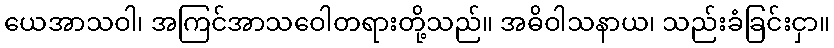
ယေအာသဝါ၊ အကြင်အာသဝေါတရားတို့သည်။ အဓိဝါသနာယ၊ သည်းခံခြင်းငှာ။